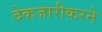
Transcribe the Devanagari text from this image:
देकजारीकरने